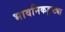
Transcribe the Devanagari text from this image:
भावनिकडृष्ट्या